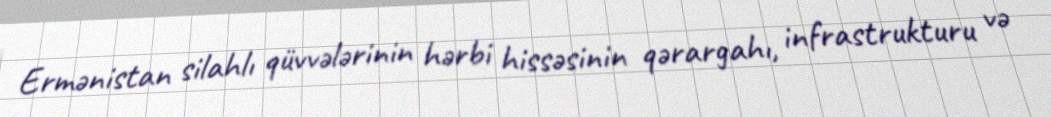
Ermənistan silahlı qüvvələrinin hərbi hissəsinin qərargahı, infrastrukturu və